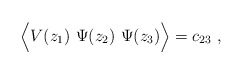
\begin{align*}\Big\langle V(z_1)\,\, \Psi(z_2)\,\, \Psi(z_3)\Big\rangle =c_{23}\ ,\end{align*}